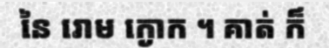
នៃ រោម ក្ងោក ។ គាត់ ក៏